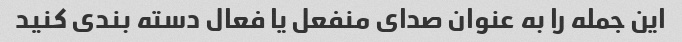
این جمله را به عنوان صدای منفعل یا فعال دسته بندی کنید